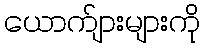
ယောက်ျားများကို